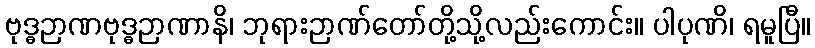
ဗုဒ္ဓဉာဏဗုဒ္ဓဉာဏာနိ၊ ဘုရားဉာဏ်တော်တို့သို့လည်းကောင်း။ ပါပုဏိ၊ ရမူပြီ။